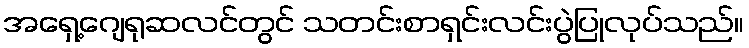
အရှေ့ဂျေရုဆလင်တွင် သတင်းစာရှင်းလင်းပွဲပြုလုပ်သည်။